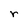
Character: r